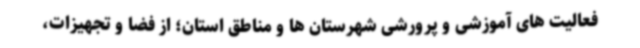
فعالیت های آموزشی و پرورشی شهرستان ها و مناطق استان؛ از فضا و تجهیزات،